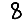
Digit: 8